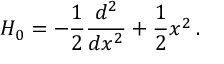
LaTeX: H _ { 0 } = - \frac { 1 } { 2 } \frac { d ^ { 2 } } { d x ^ { 2 } } + \frac { 1 } { 2 } x ^ { 2 } \, .